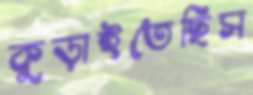
কুড়াইতেছিস